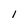
Character: 1